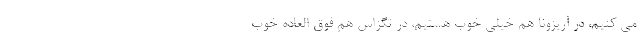
می کنیم، در آریزونا هم خیلی خوب هستیم، در تگزاس هم فوق العاده خوب